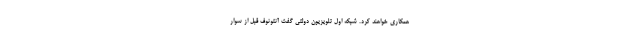
همکاری خواهند کرد. شبکه اول تلویزیون دولتی گفت آنتونوف قبل از سوار